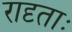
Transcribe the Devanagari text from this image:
रादृताः